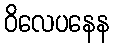
ဝိလေပနေန